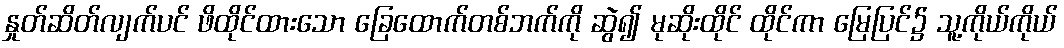
နှုတ်ဆိတ်လျက်ပင် ဖိထိုင်ထားသော ခြေထောက်တစ်ဘက်ကို ဆွဲ၍ မုဆိုးထိုင် ထိုင်ကာ မြေပြင်၌ သူ့ကိုယ်ကိုယ်